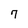
Character: 7